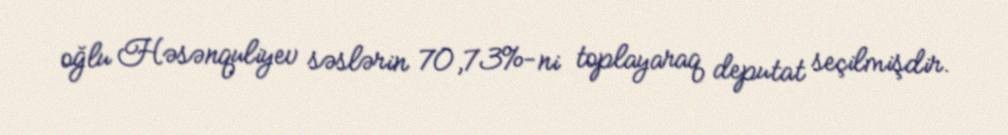
oğlu Həsənquliyev səslərin 70,73%-ni toplayaraq deputat seçilmişdir.